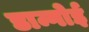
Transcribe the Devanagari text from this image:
डान्गोई